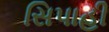
સિપાહી